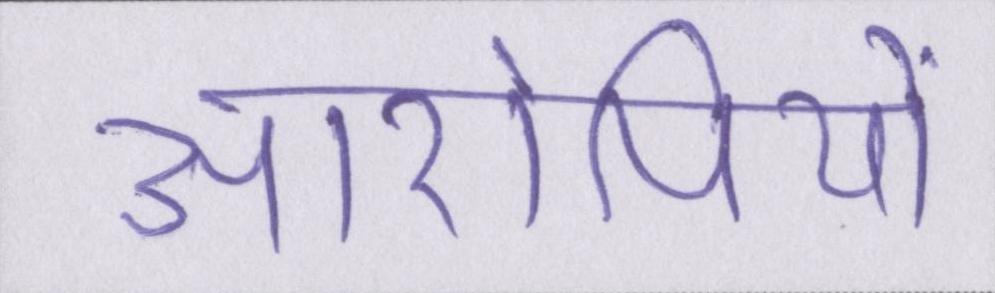
आरोपियों